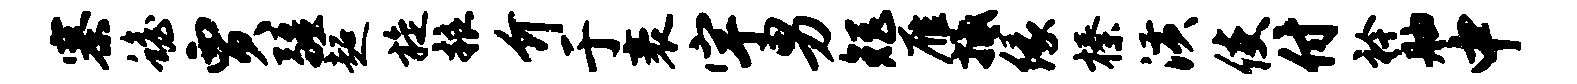
寨蟾贾疆超旋粮介于袤宇男矩雁抵缘榛潢使付衿舳中